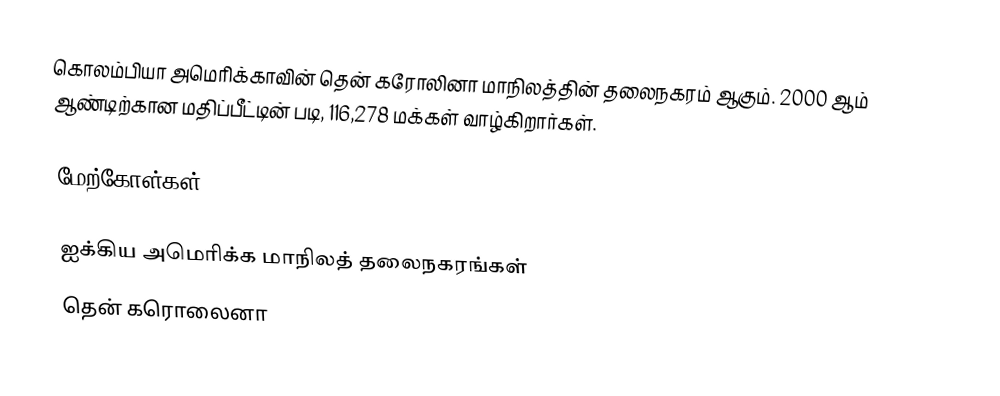
கொலம்பியா அமெரிக்காவின் தென் கரோலினா மாநிலத்தின் தலைநகரம் ஆகும். 2000 ஆம் ஆண்டிற்கான மதிப்பீட்டின் படி, 116,278 மக்கள் வாழ்கிறார்கள்.

மேற்கோள்கள்

ஐக்கிய அமெரிக்க மாநிலத் தலைநகரங்கள்
தென் கரொலைனா